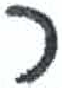
אות: ר